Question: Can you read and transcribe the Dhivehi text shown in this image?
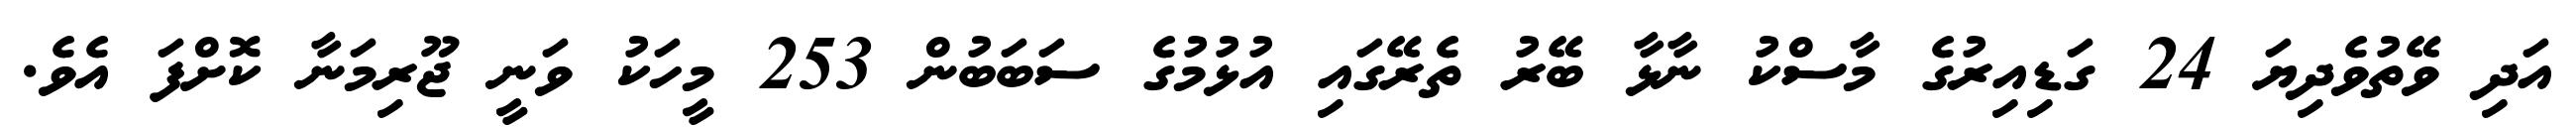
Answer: އަދި ވޭތުވެދިޔަ 24 ގަޑިއިރުގެ މާސްކު ނާޅާ ބޭރު ތެރޭގައި އުޅުމުގެ ސަބަބުން 253 މީހަކު ވަނީ ޖޫރިމަނާ ކޮށްފަ އެވެ.